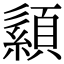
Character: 𦅨